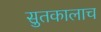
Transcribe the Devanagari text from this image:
सुतकालाच